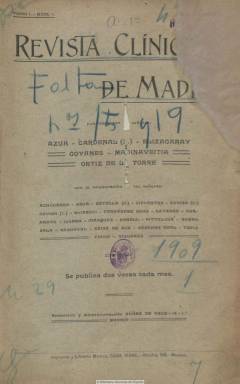
Título: Revista clínica de Madrid
Colección: Medicina
Ámbito geográfico: Madrid
Lugar de publicación: Madrid
Fechas: 01/01/1909-30/12/1915

Revista especializada en la que se publica una importante producción científica original en el marco de la medicina clínica española. Fundada y publicada, desde enero de 1909, por destacados cirujanos, catedráticos y profesores de la Facultad de Medicina de Madrid que al mismo tiempo ejercen sus especialidades en los hospitales General, de la Princesa y San Juan de Dios o en el Instituto Rubio o el Nacional de Higiene Alfonso XIII. Entre ellos destaca el que es considerado el más universal entre los dermatólogos españoles, el catedrático Juan de Azúa Suárez (1858-1922), que estuvo acompañado en esta empresa editorial por los también profesores y cirujanos José Ortiz de la Torre (1858-1928), Jacobo López Elizagaray (1860-1934), Juan Madinaveitia (1861-1938), León Cardenal y Pujals (1878-1960) y José Goyanes Capdevila (1876-1964).

A los médicos especialistas citados se suman el neurocientífico Nicolás Achúcarro (1880-1918), el catedrático de Terapéutica de enfermedades digestivas y Farmacología Teófilo Hernando Ortega (1881-1975); el notable parasitólogo de origen italiano Gustavo Pittaluga (1876-1956); el pionero de la cirugía gástrica española, el donostiarra Luis Urrutia (1876-1930); y el entonces profesor auxiliar y médico del Hospital General de Madrid Gregorio Marañón (1887-1960), que da a la estampa en las páginas de esta revista sus primeros trabajos clínicos y experimentales, compartiendo además, a partir de julio de 1914, la jefatura de redacción con Miguel Gayarre Espinel (1866-1936), director de los manicomios de Ciempozuelos. Será precisamente Gayarre, psiquiatra de formación germana y uno de los discípulos de Ramón y Cajal, quien, en un artículo publicado en el primer número de la revista, presente la primera aportación española al debate psicoanalítico.

La publicación es de periodicidad quincenal, en torno a las cuarenta páginas por entrega, que forma tomos semestrales, con inclusión de índices por secciones: Trabajos originales, Academias y sociedades médicas (con información también sobre congresos), Bibliografía y Grabados (figuras, láminas, fotografías), seguido de un extenso índice analítico. La numeración y paginación comienza con cada semestre. Inserta algunos reclamos publicitarios.

Como redactores figurarán el neurólogo Gonzalo Rodríguez Lafora (1886-1971) y el urólogo Salvador Pascual y Ríos (1888-1938), y entre su gran nómina de colaboradores, los nombres del dermatólogo José Sánchez Covisa (1881-1944), el terapeuta Enrique Álvarez Sainz de Aja (1884-1964), Enrique Fernández Sanz (1872-1950), L. Rodríguez Illera, A. Romero Sala, R. Pérez Valdés, J. López Suárez,  G. Asúa, E. Botella, S. Cardenal, P. Cifuentes, F. Tello y F. Vigueras, entre otros muchos. A estos se sumaron profesores y especialistas de, entre otras universidades, las de Granada, Santiago, Barcelona, Logroño, Lieja, Milán, Dresde, París, Karslsbad y Palermo, apareciendo algunos textos en sus idiomas originales.

Tras siete años en publicación y editar la entrega de diciembre de 1915, la revista es absorbida por El siglo médico (1854-1936).